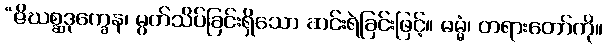
“ဇိဃစ္ဆဒုက္ခေန၊ မွတ်သိပ်ခြင်းရှိသော ဆင်းရဲခြင်းဖြင့်။ ဓမ္မံ၊ တရားတော်ကို။